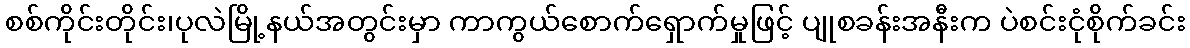
စစ်ကိုင်းတိုင်း၊ပုလဲမြို့နယ်အတွင်းမှာ ကာကွယ်စောက်ရှောက်မှုဖြင့် ပျုစခန်းအနီးက ပဲစင်းငုံစိုက်ခင်း